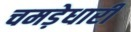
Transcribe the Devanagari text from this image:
चमड़ेधारी